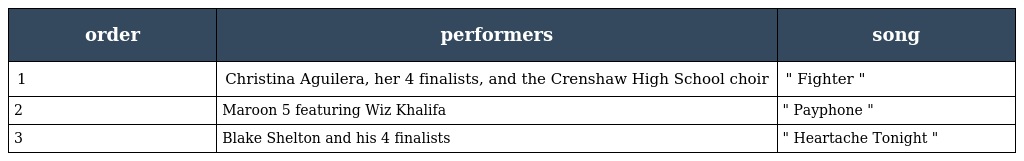
| order | performers | song |
 | --- | --- | --- |
 | 1 | Christina Aguilera, her 4 finalists, and the Crenshaw High School choir | " Fighter " |
 | 2 | Maroon 5 featuring Wiz Khalifa | " Payphone " |
 | 3 | Blake Shelton and his 4 finalists | " Heartache Tonight " |